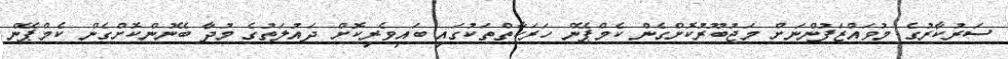
ސަރުކާރުގެ މުވައްޒަފުންނަށް މަޖުބޫރުކޮށްގެން ކެމްޕޭން ހަރަކާތްތަކުގައި ބައިވެރިކޮށް ދައުލަތުގެ މުދާ ބޭނުންކޮށްގެން ކެމްޕޭން